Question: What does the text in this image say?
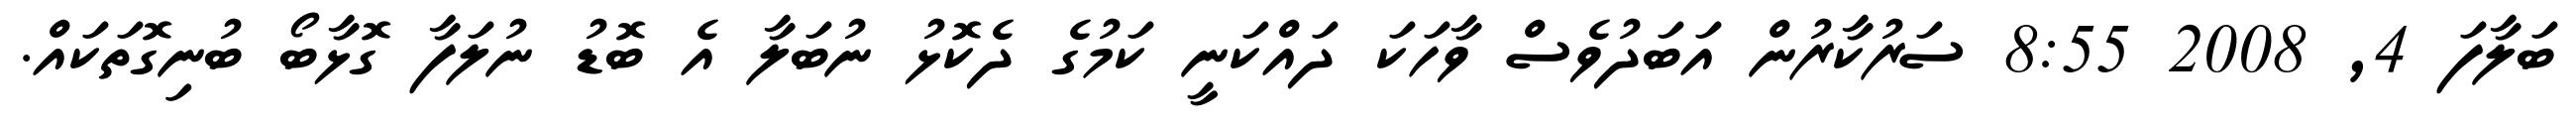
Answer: ބަލާފަ 4, 2008 8:55 ސަރުކާރުން އަބަދުވެސް ވާހަކަ ދައްކަނީ ކަމުގެ ދެކޮޅު ނުބަލާ އެ ބޮޑު ނުލަފާ ގޮޅާބޯ ބުނިގޮތަކައް.